Cholera in southern India
Disease focus: Cholera
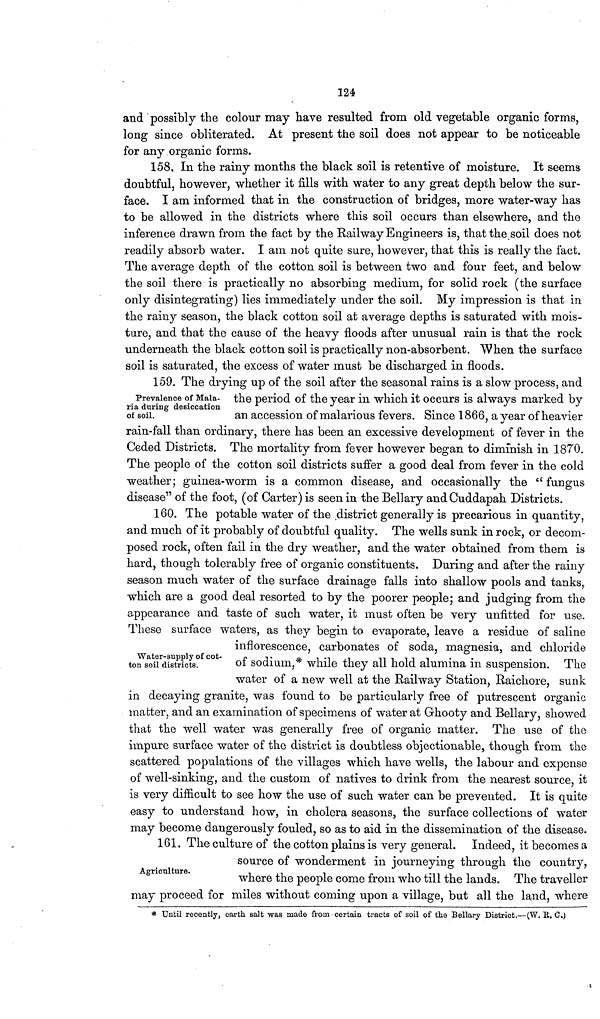
124
and possibly the colour may have resulted from old vegetable organic forms,
long since obliterated. At present the soil does not appear to be noticeable
for any organic forms.
158. In the rainy months the black soil is retentive of moisture. It seems
doubtful, however, whether it fills with water to any great depth below the sur-
face. I am informed that in the construction of bridges, more water-way has
to be allowed in the districts where this soil occurs than elsewhere, and the
inference drawn from the fact by the Railway Engineers is, that the soil does not
readily absorb water. I am not quite sure, however, that this is really the fact.
The average depth of the cotton soil is between two and four feet, and below
the soil there is practically no absorbing medium, for solid rock (the surface
only disintegrating) lies immediately under the soil. My impression is that in
the rainy season, the black cotton soil at average depths is saturated with mois-
ture, and that the cause of the heavy floods after unusual rain is that the rock
underneath the black cotton soil is practically non-absorbent. When the surface
soil is saturated, the excess of water must be discharged in floods.
Prevalence of Mala-
ria during desiccation
of soil.
159. The drying up of the soil after the seasonal rains is a slow process, and
the period of the year in which it occurs is always marked by
an accession of malarious fevers. Since 1866, a year of heavier
rain-fall than ordinary, there has been an excessive development of fever in the
Ceded Districts. The mortality from fever however began to diminish in 1870.
The people of the cotton soil districts suffer a good deal from fever in the cold
weather; guinea-worm is a common disease, and occasionally the " fungus
disease" of the foot, (of Carter) is seen in the Bellary and Cuddapah Districts.
160. The potable water of the district generally is precarious in quantity,
and much of it probably of doubtful quality. The wells sunk in rock, or decom-
posed rock, often fail in the dry weather, and the water obtained from them is
hard, though tolerably free of organic constituents. During and after the rainy
season much water of the surface drainage falls into shallow pools and tanks,
which are a good deal resorted to by the poorer people; and judging from the
appearance and taste of such water, it must often be very unfitted for use.
These surface waters, as they begin to evaporate, leave a residue of saline
Water-supply of cot-
ton soil districts.
inflorescence, carbonates of soda, magnesia, and chloride
of sodium,* while they all hold alumina in suspension. The
water of a new well at the Railway Station, Raichore, sunk
in decaying granite, was found to be particularly free of putrescent organic
matter, and an examination of specimens of water at Grhooty and Bellary, showed
that the well water was generally free of organic matter. The use of the
impure surface water of the district is doubtless objectionable, though from the
scattered populations of the villages which have wells, the labour and expense
of well-sinking, and the custom of natives to drink from the nearest source, it
is very difficult to see how the use of such water can be prevented. It is quite
easy to understand how, in cholera seasons, the surface collections of water
may become dangerously fouled, so as to aid in the dissemination of the disease.
Agriculture.
161. The culture of the cotton plains is very general. Indeed, it becomes a
source of wonderment in journeying through the country,
where the people come from who till the lands. The traveller
may proceed for miles without coming upon a village, but all the land, where
* Until recently, earth salt was made from certain tracts of soil of the Bellary District.—(W. R.. C.)